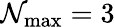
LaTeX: \mathcal{N}_{\mathrm{{max}}}=3